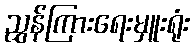
ညွှန်ကြားရေးမှူးရုံး